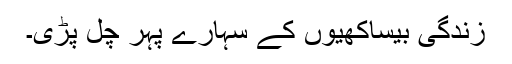
زندگی بیساکھیوں کے سہارے پہر چل پڑی۔